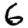
Digit: 6